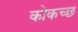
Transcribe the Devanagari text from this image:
कोकच्छ